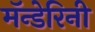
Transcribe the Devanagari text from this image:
मॅन्डेरिनी